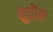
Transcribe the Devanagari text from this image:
सुदैव